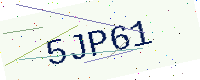
Text: 5JP61